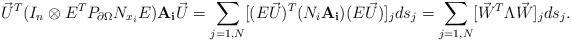
LaTeX: \begin{align*}\vec U^T (I_n \otimes E^T P_{\partial\Omega} N_{x_i} E ) {\bf A_i} \vec U = \sum_{j=1,N} \lbrack (E \vec U)^T (N_{i} {\bf A_i}) (E \vec U) \rbrack_j ds_j = \sum_{j=1,N} \lbrack \vec W^T \Lambda \vec W \rbrack_jds_j.\end{align*}